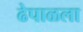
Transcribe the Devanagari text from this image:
ढेपाळला